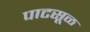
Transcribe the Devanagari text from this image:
पाटसूळ